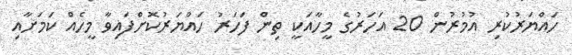
ހައްޔަރުކުރި އުމުރުން 20 އަހަރުގެ މީހާއަކީ ތިން ފަހަރު ހައްޔަރުކޮށްފައިވާ މީހެއް ކަމަށާއި